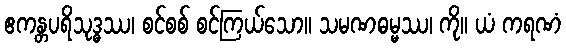
ဧကန္တပရိသုဒ္ဓဿ၊ စင်စစ် စင်ကြယ်သော။ သမဏဓမ္မဿ၊ ကို။ ယံ ကရဏံ